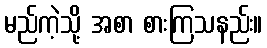
မည်ကဲ့သို့ အစာ စားကြသနည်း။